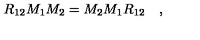
R _ { 1 2 } M _ { 1 } M _ { 2 } = M _ { 2 } M _ { 1 } R _ { 1 2 } \quad ,